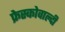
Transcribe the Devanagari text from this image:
फ्रेस्कोवाल्दी